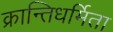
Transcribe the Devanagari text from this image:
क्रान्तिधर्मिता